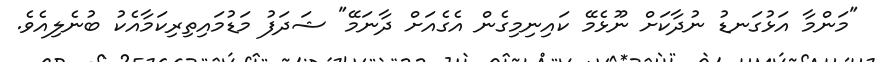
"މަންމާ އަޅުގަނޑު ނުދާކަށް ނޫޅެމޭ ކައިނިމިގެން އެގެއަށް ދާނަމޭ" ޝަދަފު މަޑުމައިތިރިކަމާއެކު ބުނެލިއެވެ.